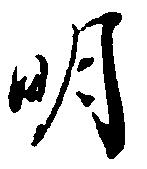
明